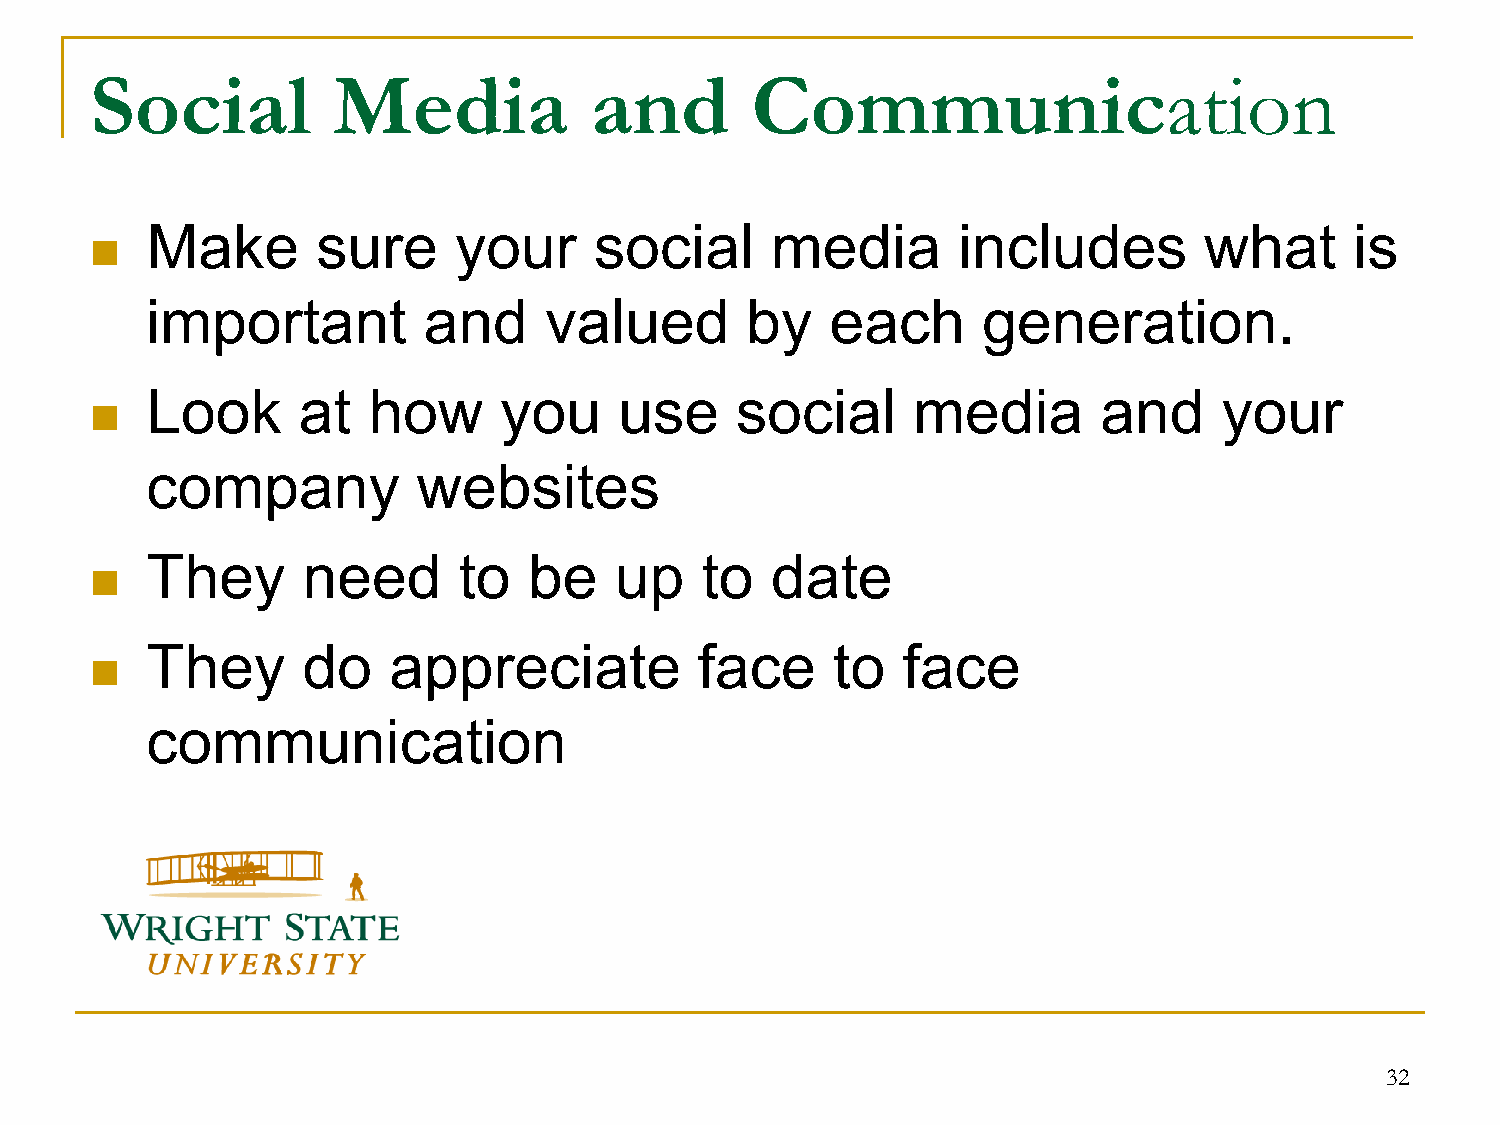
Social          Media            and        Communication
 Make       sure     your     social      media       includes         what      is
 
 important         and     valued       by    each      generation.
 Look      at  how      you     use     social     media        and     your
 
 company           websites
 They      need      to   be    up   to   date
 
 They      do    appreciate          face     to   face
 
 communication
 32